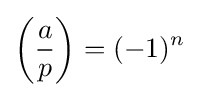
\left({\frac {a}{p}}\right)=(-1)^{n}